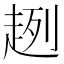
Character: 趔